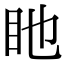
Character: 𥃸